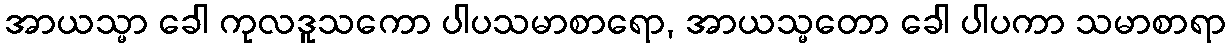
အာယသ္မာ ခေါ ကုလဒူသကော ပါပသမာစာရော, အာယသ္မတော ခေါ ပါပကာ သမာစာရာ